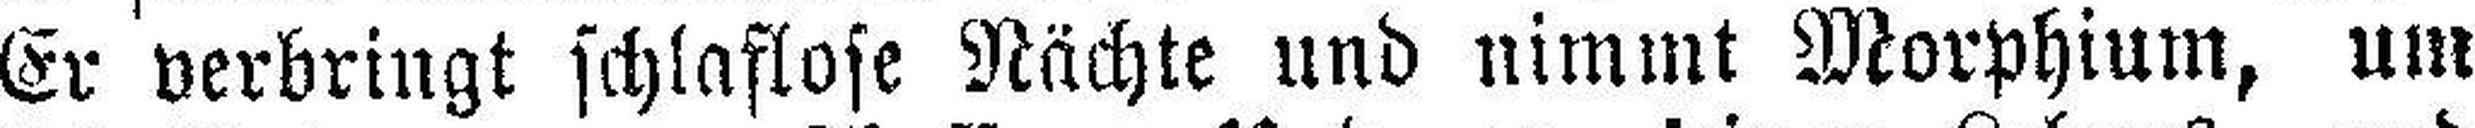
Er verbringt schlaflose Nächte und nimmt Morphium, um